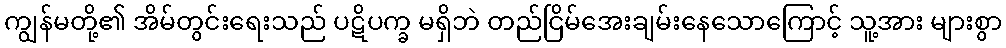
ကျွန်မတို့၏ အိမ်တွင်းရေးသည် ပဋိပက္ခ မရှိဘဲ တည်ငြိမ်အေးချမ်းနေသောကြောင့် သူ့အား များစွာ